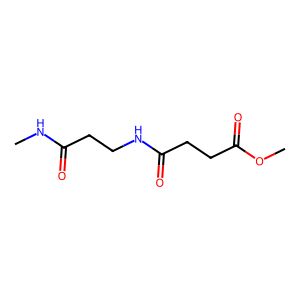
SMILES: CNC(=O)CCNC(=O)CCC(=O)OC
Inhibits HIV replication: No